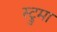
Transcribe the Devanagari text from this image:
स्ट्रुमा